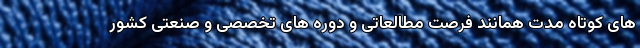
‌های کوتاه مدت همانند فرصت مطالعاتی و دوره‌ های تخصصی و صنعتی کشور